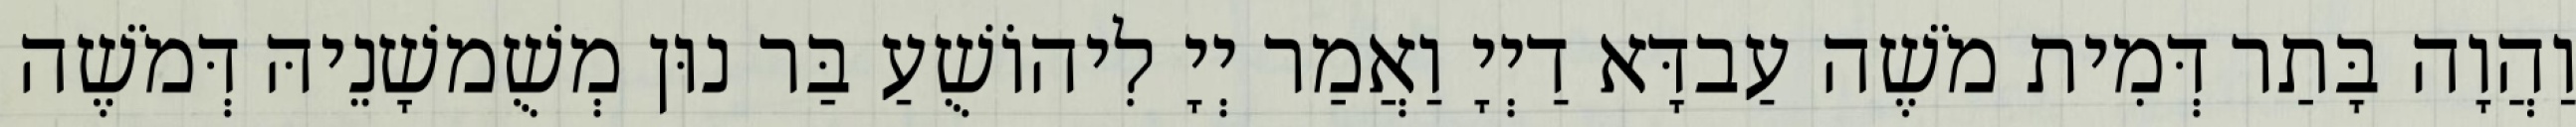
וַהֲוָה בָּתַר דְּמִית מֹשֶׁה עַבדָּא דַיְיָ וַאֲמַר יְיָ לִיהוֹשֻׁעַ בַּר נוּן מְשֻׁמשָׁנֵיהּ דְּמֹשֶׁה